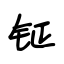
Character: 钲